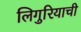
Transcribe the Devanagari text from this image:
लिगुरियाची